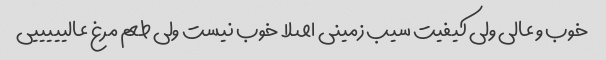
خوب و عالی ولی کیفیت سیب زمینی اصلا خوب نیست ولی طعم مرغ عالیییییی